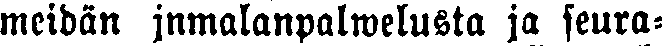
meidän jumalanpalwelusta ja seura-